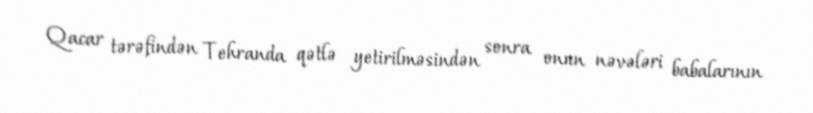
Qacar tərəfindən Tehranda qətlə yetirilməsindən sonra onun nəvələri babalarının